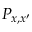
P _ { x , x ^ { \prime } }